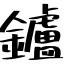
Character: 鑪